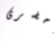
أحضرى